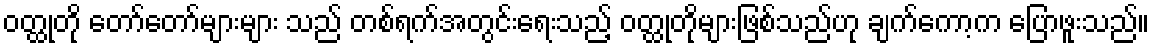
ဝတ္ထုတို တော်တော်များများ သည် တစ်ရက်အတွင်းရေးသည့် ဝတ္ထုတိုများဖြစ်သည်ဟု ချက်ကော့က ပြောဖူးသည်။